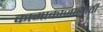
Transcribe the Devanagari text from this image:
कामाकाजासाठी